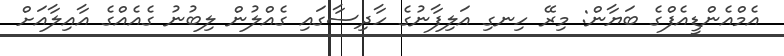
އެމްއެންޑީއެފްގެ ބަޔާން: މިރޭ ހިނގި އަލިފާނުގެ ހާދިސާގައި ގެއްލުން ލިބުނު ގެއެއްގެ އާއިލާއަށް